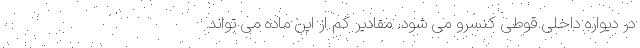
در دیواره داخلی قوطی کنسرو می شود. مقادیر کم از این ماده می تواند